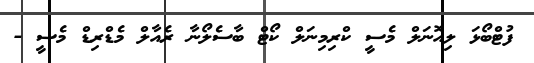
ފުޓްބޯޅަ ލިއޮނަލް މެސީ ކްރިމިނަލް ކޯޓް ބާސެލޯނާ ރެއާލް މެޑްރިޑް މެސީ -